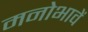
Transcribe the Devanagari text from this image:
मनोभावें